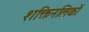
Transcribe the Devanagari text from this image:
शक्तिनलिकों